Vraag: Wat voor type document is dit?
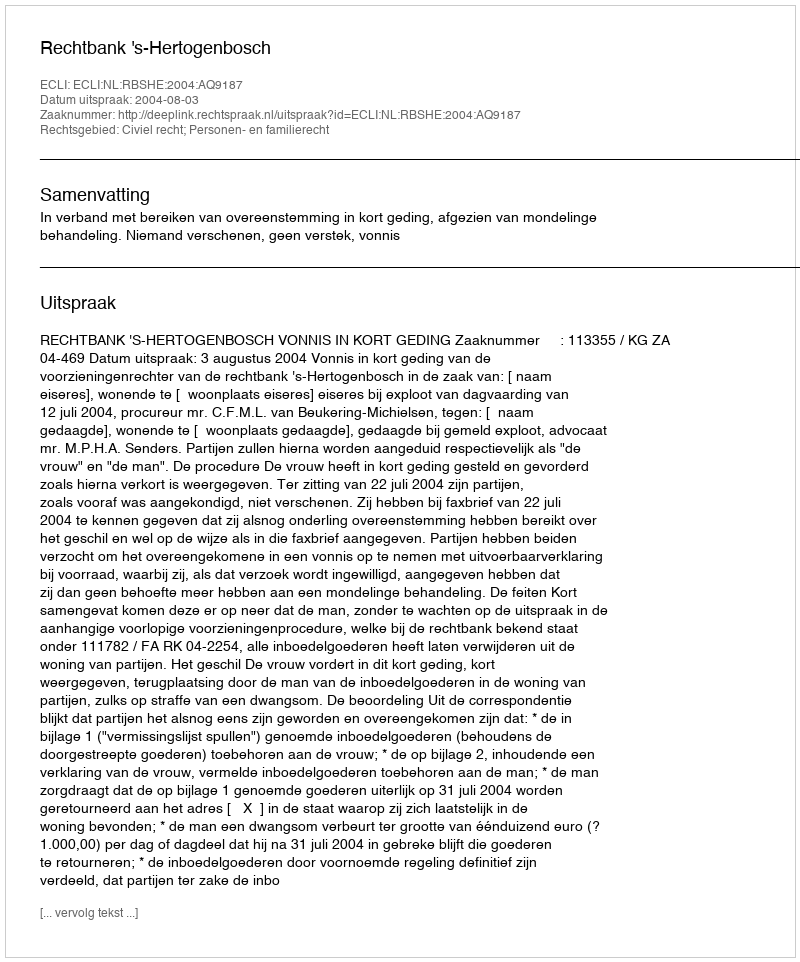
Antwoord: Uitspraak